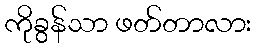
ကိုခွန်သာ ဖတ်တာလား